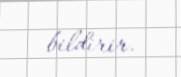
bildirir.